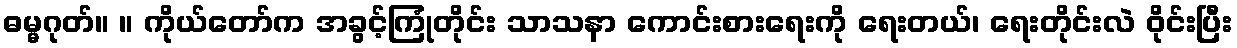
ဓမ္မဂုတ်။ ။ ကိုယ်တော်က အခွင့်ကြုံတိုင်း သာသနာ ကောင်းစားရေးကို ရေးတယ်၊ ရေးတိုင်းလဲ ဝိုင်းပြီး